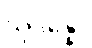
သုဒိန္နော